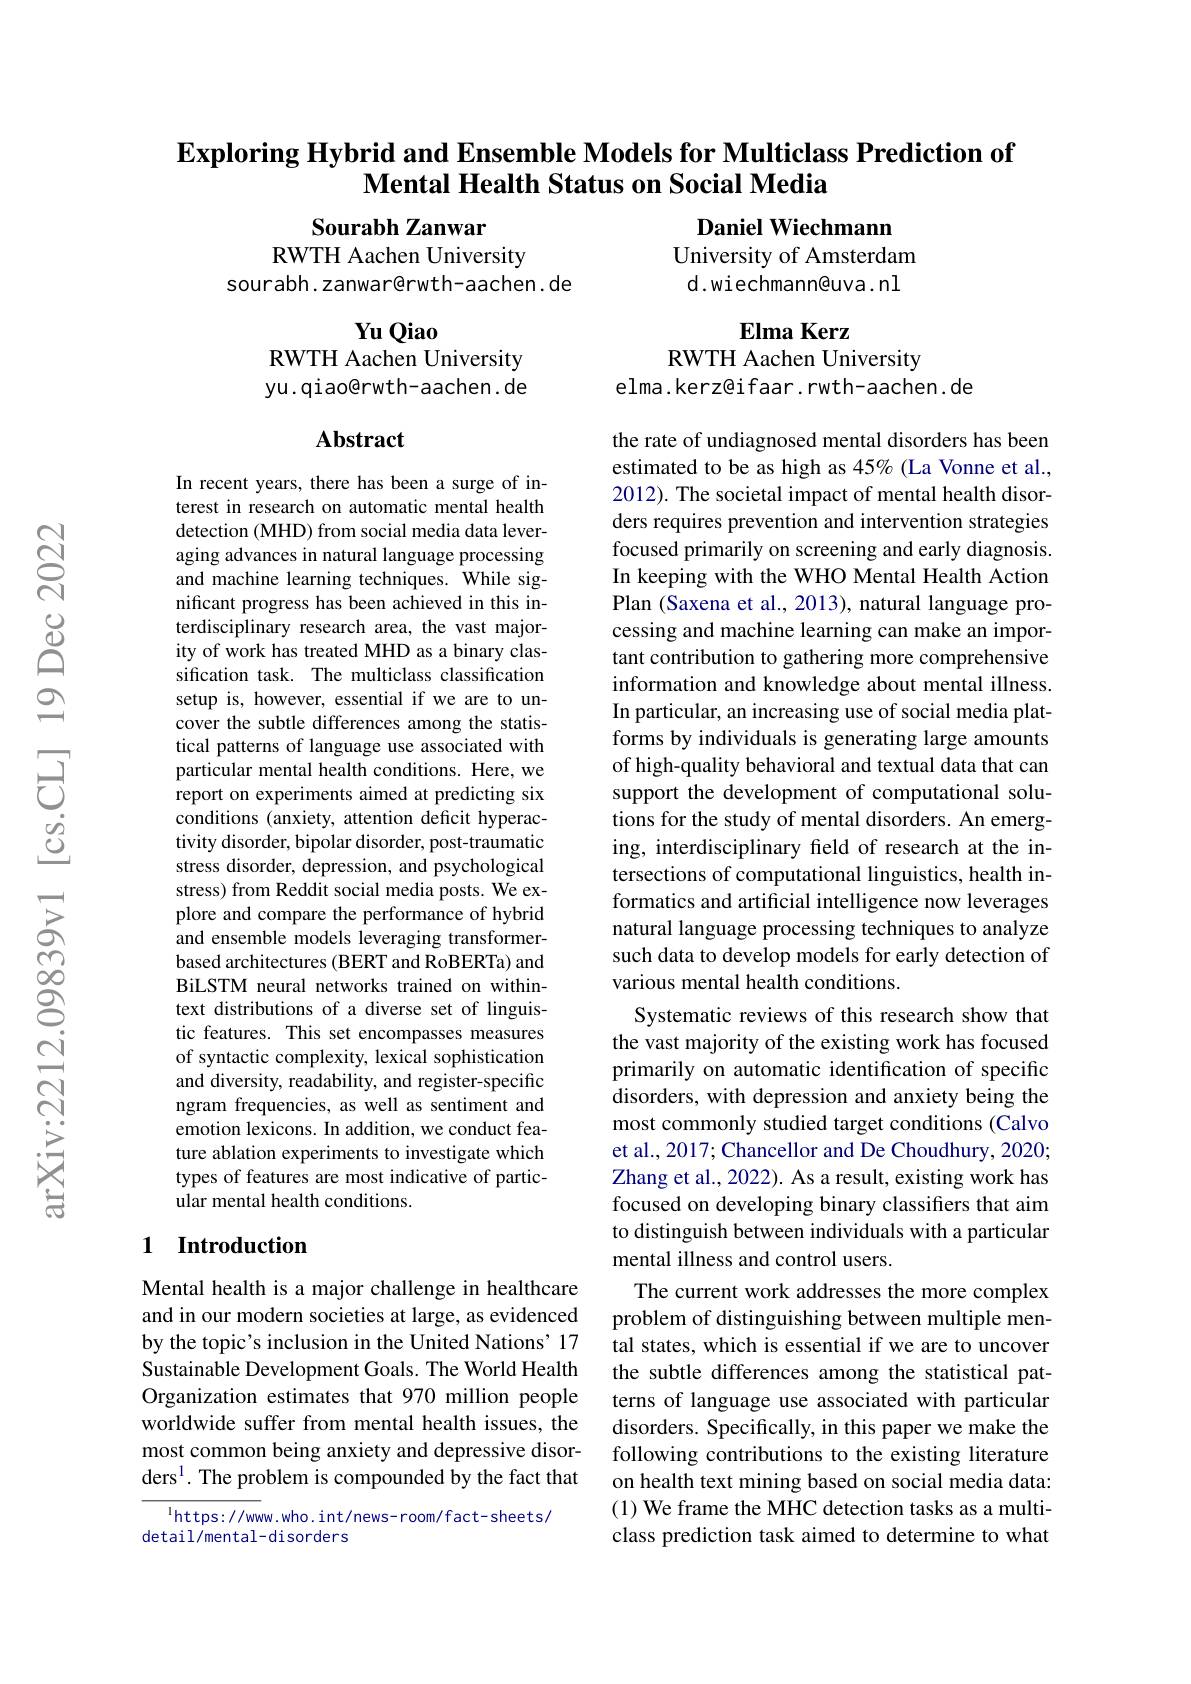
# $\textbf{Exploring Hybrid and Ensemble Models for Multiclass Prediction of}$ Mental Health Status on Social Media

Sourabh Zanwar

Daniel Wiechmann
University of Amsterdam d.wiechmann@uva.nl

RWTH Aachen University
sourabh.zanwar@rwth-aachen.de

$\mathbf{ElmaKerz}$

Yu Qiao
RWTH Aachen University yu. qi ao@rwth- aachen . de

RWTH Aachen University
elma.kerz@ifaar.rwth-aachen.de

# Abstract

In recent years, there has been a surge of interest in research on automatic mental health detection (MHD) from social media data leveraging advances in natural language processing and machine learning techniques. While significant progress has been achieved in this interdisciplinary research area, the vast majority of work has treated MHD as a binary classification task. The multiclass classification setup is, however, essential if we are to uncover the subtle differences among the statistical patterns of language use associated with particular mental health conditions. Here, we report on experiments aimed at predicting six conditions (anxiety, attention deficit hyperactivity disorder, bipolar disorder, post-traumatic stress disorder, depression, and psychological stress) from Reddit social media posts. We explore and compare the performance of hybrid and ensemble models leveraging transformerbased architectures (BERT and RoBERTa) and BiLSTM neural networks trained on withintext distributions of a diverse set of linguistic features. This set encompasses measures of syntactic complexity, lexical sophistication and diversity, readability, and register-specific ngram frequencies, as well as sentiment and emotion lexicons. In addition, we conduct feature ablation experiments to investigate which types of features are most indicative of particular mental health conditions.

the rate of undiagnosed mental disorders has been estimated to be as high as 45% (La Vonne et al., 2012). The societal impact of mental health disorders requires prevention and intervention strategies focused primarily on screening and early diagnosis. In keeping with the WHO Mental Health Action Plan (Saxena et al., 2013), natural language processing and machine learning can make an important contribution to gathering more comprehensive information and knowledge about mental illness. In particular, an increasing use of social media platforms by individuals is generating large amounts of high-quality behavioral and textual data that can support the development of computational solutions for the study of mental disorders. An emerging, interdisciplinary feld of research at the intersections of computational linguistics, health informatics and artificial intelligence now leverages natural language processing techniques to analyze such data to develop models for early detection of various mental health conditions.
Systematic reviews of this research show that the vast majority of the existing work has focused primarily on automatic identification of specific disorders, with depression and anxiety being the most commonly studied target conditions (Calvo et al., 2017; Chancellor and De Choudhury, 2020; Zhang et al., 2022). As a result, existing work has focused on developing binary classifiers that aim to distinguish between individuals with a particular mental illness and control users.
The current work addresses the more complex problem of distinguishing between multiple mental states, which is essential if we are to uncover the subtle differences among the statistical patterns of language use associated with particular disorders. Specifically, in this paper we make the following contributions to the existing literature on health text mining based on social media data: (1) We frame the MHC detection tasks as a multiclass prediction task aimed to determine to what

### 1 Introduction

Mental health is a major challenge in healthcare and in our modern societies at large, as evidenced by the topic's inclusion in the United Nations' 17 Sustainable Development Goals. The World Health Organization estimates that 970 million people worldwide suffer from mental health issues, the most common being anxiety and depressive disorders$^1.$ The problem is compounded by the fact that

$^{1}$https://www.who.int/news-room/fact-sheets/
detail/mental-disorders